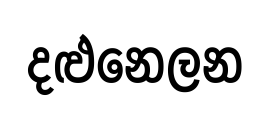
දළුනෙලන